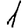
Digit: 1